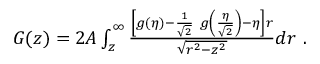
\begin{array} { r } { G ( z ) = 2 A \int _ { z } ^ { \infty } \frac { \left[ g ( \eta ) - \frac { 1 } { \sqrt { 2 } } ~ g \left( \frac { \eta } { \sqrt { 2 } } \right) - \eta \right] r } { \sqrt { r ^ { 2 } - z ^ { 2 } } } d r ~ . } \end{array}